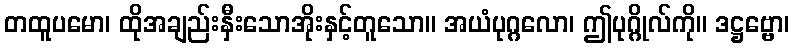
တထူပမော၊ ထိုအချည်းနှီးသောအိုးနှင့်တူသော။ အယံပုဂ္ဂလော၊ ဤပုဂ္ဂိုလ်ကို။ ဒဋ္ဌဗ္ဗော၊